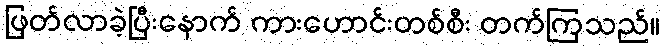
ဖြတ်လာခဲ့ပြီးနောက် ကားဟောင်းတစ်စီး တက်ကြသည်။